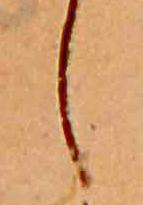
し